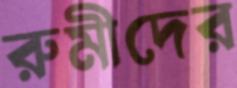
রুমীদের